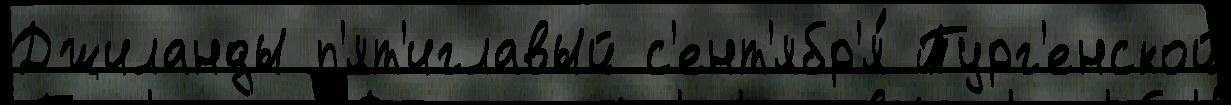
Джиланды п'ят'иглавый с'ент'ябр'я́ Тург'енской